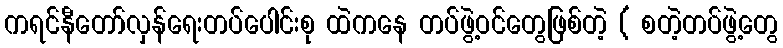
ကရင်နီတော်လှန်ရေးတပ်ပေါင်းစု ထဲကနေ တပ်ဖွဲ့ဝင်တွေဖြစ်တဲ့ ( စတဲ့တပ်ဖွဲ့တွေ